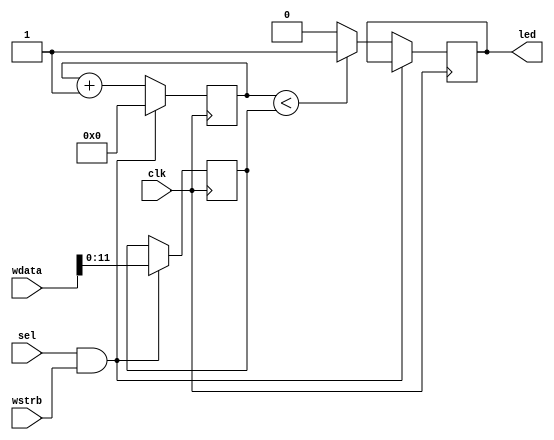
module pwm #(

    // Parameters
    parameter       WIDTH = 12  // Default PWM values 0..4095

) (

    // Inputs
    input           clk,
    input           wstrb,  // Write strobe
    input           sel,    // Select (read/write ignored if low)
    input   [31:0]  wdata,  // Data to be written (to driver)
    
    // Outputs
    output     led
);

    // Internal storage elements
    reg             pwm_led = 1'b0;
    reg [WIDTH-1:0] pwm_count = 0;
    reg [WIDTH-1:0] count = 0;
    
    // Only control the first LED
    assign led = pwm_led;
    
    // Update PWM duty cycle 
    always @ (posedge clk) begin
    
        // If sel is high, record duty cycle count on strobe
        if (sel && wstrb) begin
            pwm_count <= wdata[WIDTH-1:0];
            count <= 0;
            
        // Otherwise, continuously count and flash LED as necessary
        end else begin
            count <= count + 1;
            if (count < pwm_count) begin
                pwm_led <= 1'b1;
            end else begin
                pwm_led <= 1'b0;
            end
        end
    end
    
endmodule